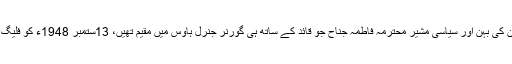
قائد اعظم کے انتقال کے بعد ان کی بہن اور سیاسی مشیر محترمہ فاطمہ جناح جو قائد کے ساتھ ہی گورنر جنرل ہاؤس میں مقیم تھیں، 13ستمبر 1948ء کو فلیگ سٹاف ہاؤس میں منتقل ہوگئیں۔